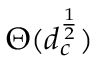
\Theta ( d _ { c } ^ { \frac { 1 } { 2 } } )